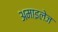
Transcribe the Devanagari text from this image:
अमाइलेज